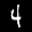
Label: 4